Annual report of the Punjab Veterinary College and of the Civil Veterinary Department, Punjab - 1894-1908
Year: 1894
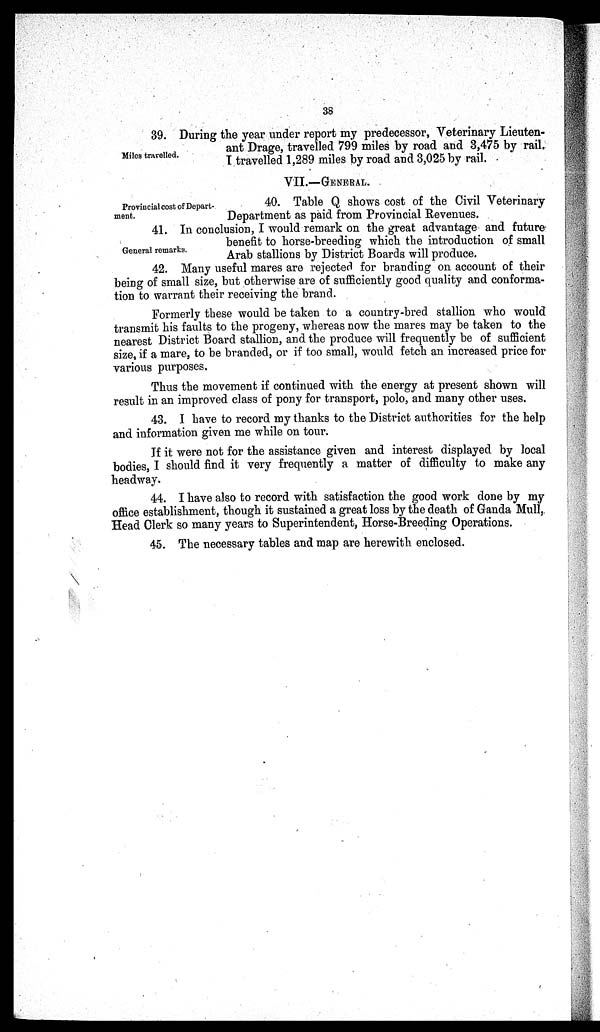
38
Miles travelled.
39. During the year under report my predecessor, Veterinary Lieuten-
ant Drage, travelled 799 miles by road and 3,475 by rail.
I travelled 1,289 miles by road and 3,025 by rail.
VII.—GENERAL.
Provincial cost of Depart-
ment.
40. Table Q shows cost of the Civil Veterinary
Department as paid from Provincial Revenues.
General remarks.
41. In conclusion, I would remark on the great advantage and future
benefit to horse-breeding which the introduction of small
Arab stallions by District Boards will produce.
42. Many useful mares are rejected for branding on account of their
being of small size, but otherwise are of sufficiently good quality and conforma-
tion to warrant their receiving the brand.
Formerly these would be taken to a country-bred stallion who would
transmit his faults to the progeny, whereas now the mares may be taken to the
nearest District Board stallion, and the produce will frequently be of sufficient
size, if a mare, to be branded, or if too small, would fetch an increased price for
various purposes.
Thus the movement if continued with the energy at present shown will
result in an improved class of pony for transport, polo, and many other uses.
43. I have to record my thanks to the District authorities for the help
and information given me while on tour.
If it were not for the assistance given and interest displayed by local
bodies, I should find it very frequently a matter of difficulty to make any
headway.
44. I have also to record with satisfaction the good work done by my
office establishment, though it sustained a great loss by the death of Ganda Mull,
Head Clerk so many years to Superintendent, Horse-Breeding Operations.
45. The necessary tables and map are herewith enclosed.